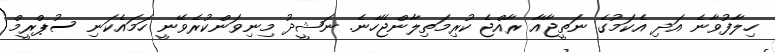
ހިލާފުވާނެ އަދި އެކަމުގެ ނަތީޖާއާ ރާއްޖެ ކުރިމަތިލާންޖެހޭނެ. ނަޝީދު މިނިވަންކުރެވޭނީ ހަމައެކަނި ސުޕްރީމް